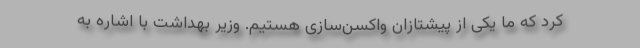
کرد که ما یکی از پیشتازان واکسن‌سازی هستیم. وزیر بهداشت با اشاره به